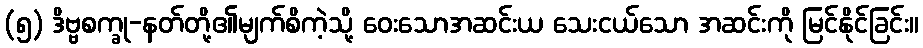
(၅) ဒိဗ္ဗစက္ခု-နတ်တို့၏မျက်စိကဲ့သို့ ဝေးသောအဆင်းယ သေးငယ်သော အဆင်းကို မြင်နိုင်ခြင်း။